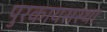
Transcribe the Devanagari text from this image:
पुरकायसस्था